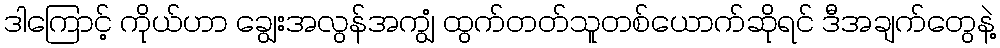
ဒါကြောင့် ကိုယ်ဟာ ချွေးအလွန်အကျွံ ထွက်တတ်သူတစ်ယောက်ဆိုရင် ဒီအချက်တွေနဲ့